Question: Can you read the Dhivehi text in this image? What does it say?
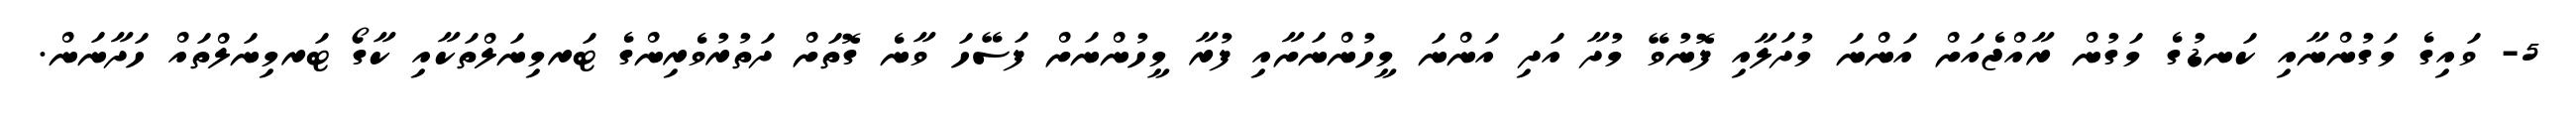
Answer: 5- ވައިގެ މަގުންނާއި ކަނޑުގެ މަގުން ރާއްޖެއަށް އަންނަ މުދަލާއި ފޮނުވޭ މުދާ އަދި އަންނަ މީހުންނަށާއި ފުރާ މީހުންނަށް ފަސޭހަ ވާނެ ގޮތަށް ދަތުރުވެރިންގެ ޓަރމިނަލްތަކާއި ކާގޯ ޓަރމިނަލްތައް ހަދާނަން.